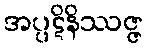
အပ္ပဋိနိဿဇ္ဇ